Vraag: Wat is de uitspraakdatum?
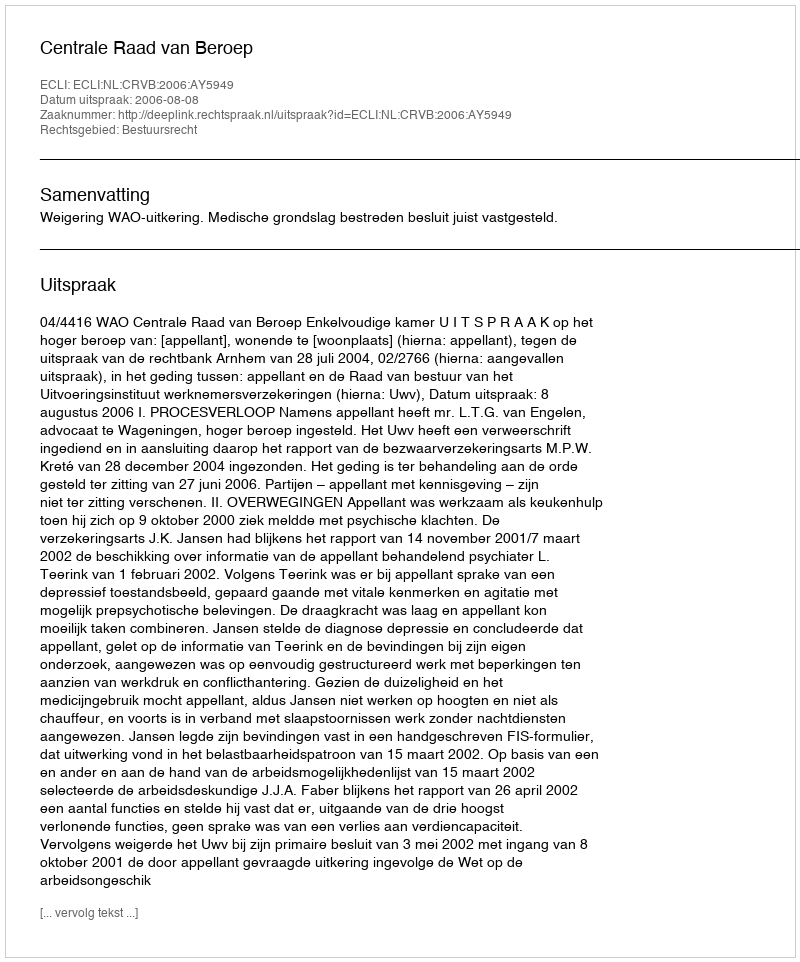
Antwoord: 2006-08-08